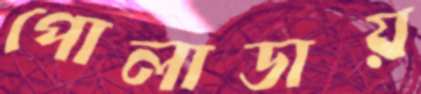
পোলাডায়